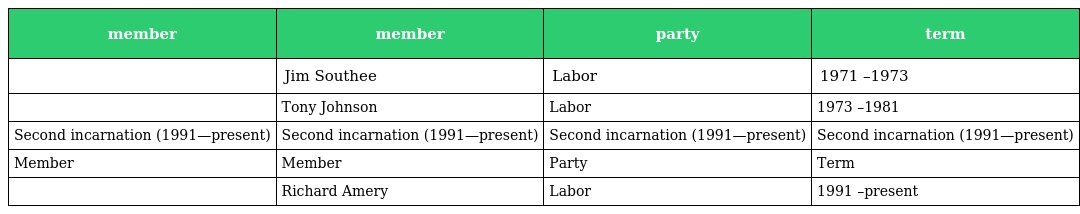
| member | member | party | term |
 | --- | --- | --- | --- |
 |  | Jim Southee | Labor | 1971 –1973 |
 |  | Tony Johnson | Labor | 1973 –1981 |
 | Second incarnation (1991—present) | Second incarnation (1991—present) | Second incarnation (1991—present) | Second incarnation (1991—present) |
 | Member | Member | Party | Term |
 |  | Richard Amery | Labor | 1991 –present |